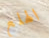
الهلع